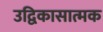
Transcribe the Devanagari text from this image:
उद्विकासात्मक